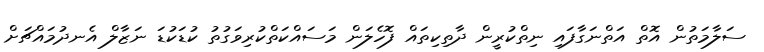
ސަލާމަތުން އޮތް އަތްނަގާފައި ނިތްކުރީން ދާތިކިތައް ފޮހެލަން މަސައްކަތްކުރިވަގުތު ކުޑަކުޑަ ނަޒާލް އެނދުމައްޗަށް